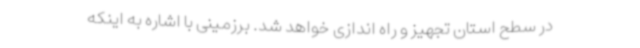
در سطح استان تجهیز و راه اندازی خواهد شد. برزمینی با اشاره به اینکه